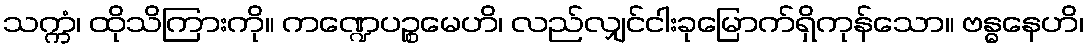
သက္ကံ၊ ထိုသိကြားကို။ ကဏ္ဍေပဉ္စမေဟိ၊ လည်လျှင်ငါးခုမြောက်ရှိကုန်သော။ ဗန္ဓနေဟိ၊